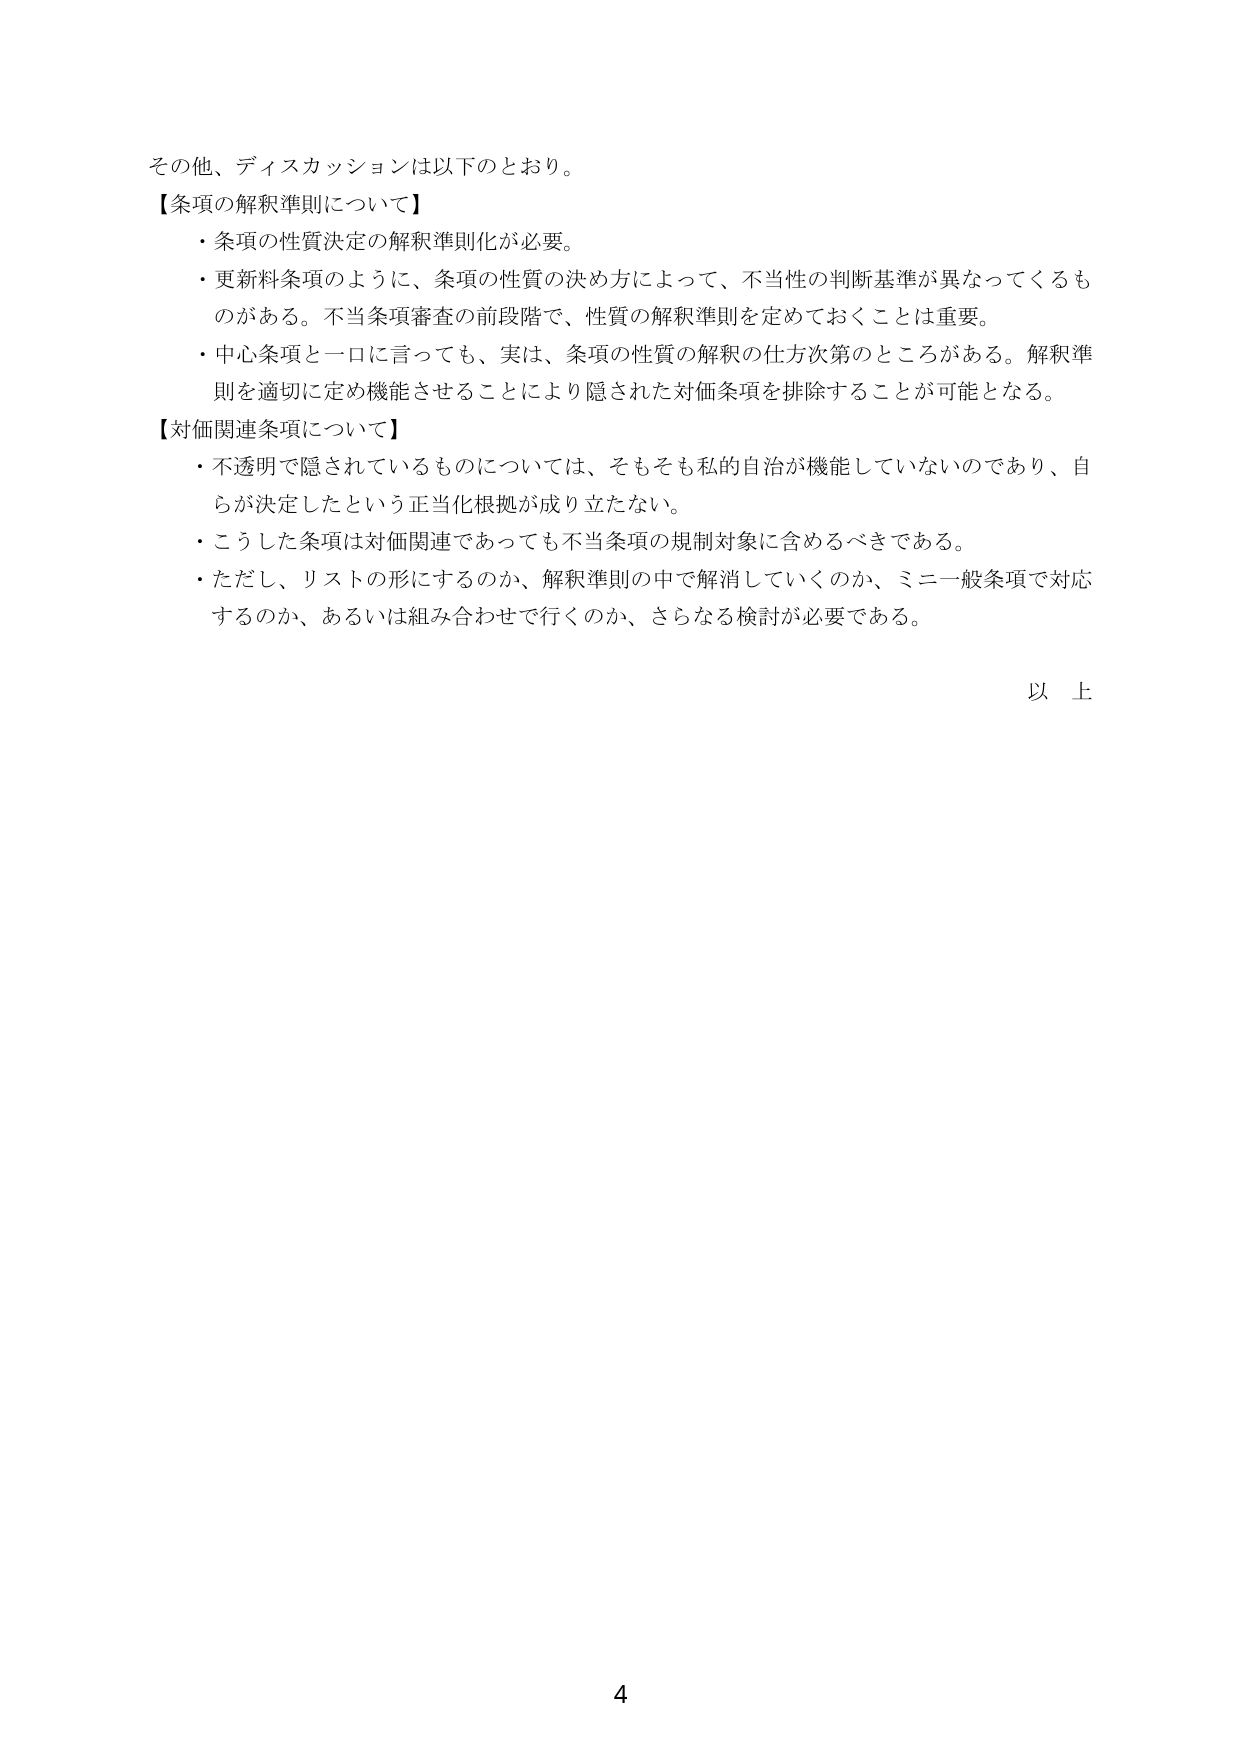
その他、ディスカッションは以下のとおり。

【条項の解釈準則について】
・条項の性質決定の解釈準則化が必要。
・更新料条項のように、条項の性質の決め方によって、不当性の判断基準が異なってくるものがある。不当条項審査の前段階で、性質の解釈準則を定めておくことは重要。
・中心条項と一口に言っても、実は、条項の性質の解釈の仕方次第のところがある。解釈準則を適切に定め機能させることにより隠された対価条項を排除することが可能となる。

【対価関連条項について】
・不透明で隠されているものについては、そもそも私的自治が機能していないのであり、自らが決定したという正当化根拠が成り立たない。
・こうした条項は対価関連であっても不当条項の規制対象に含めるべきである。
・ただし、リストの形にするのか、解釈準則の中で解消していくのか、ミニ一般条項で対応するのか、あるいは組み合わせで行くのか、さらなる検討が必要である。

以上

4